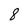
Character: 8